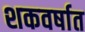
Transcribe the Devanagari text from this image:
शकवर्षात